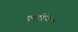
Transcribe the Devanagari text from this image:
एक्ट्रोपियन